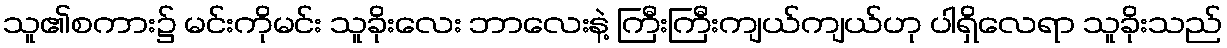
သူ၏စကား၌ မင်းကိုမင်း သူခိုးလေး ဘာလေးနဲ့ ကြီးကြီးကျယ်ကျယ်ဟု ပါရှိလေရာ သူခိုးသည်